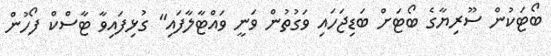
ބޯޓަކުން ސޫރިޔާގެ ބޯޓަށް ބަޑިޖަހައި ވަގުތުން ވަނީ ވައްޓާލާފައި" ގުޅިފައިވާ ޓާސްކް ފޯހުން